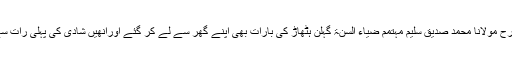
اللہ تعالی نے بابا جی کو انتہائی مہربان دل دیا تھا ،اسی طرح مولانا محمد صدیق سلیم مہتمم ضیاء السنۃ گہلن ہٹھاڑ کی بارات بھی اپنے گھر سے لے کر گئے اورانھیں شادی کی پہلی رات سے ہی اپنے پاس مکان دیا،اور ساری عمر ان سے وفا کی ۔